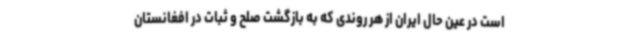
است در عین حال ایران از هر روندی که به بازگشت صلح و ثبات در افغانستان